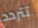
تتردد